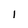
Character: 1